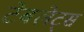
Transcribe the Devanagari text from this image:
टेबलेट्स